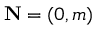
\mathbf { N } = ( 0 , m )